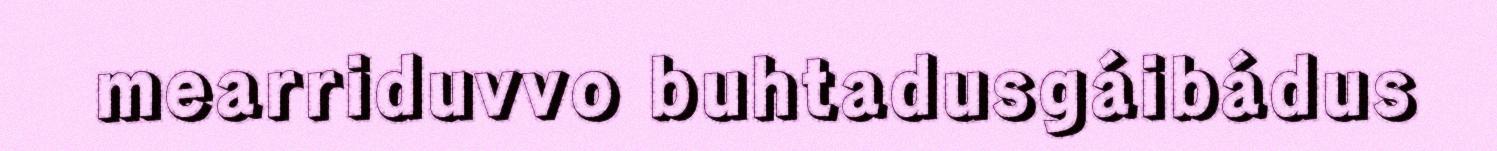
mearriduvvo buhtadusgáibádus